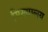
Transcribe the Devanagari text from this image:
मिख्यालय